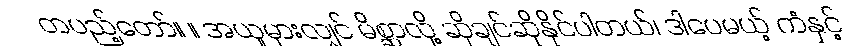
တပည့်တော်။ ။ အယူမှားလျှင် မိစ္ဆာလို့ ဆိုချင်ဆိုနိုင်ပါတယ်၊ ဒါပေမယ့် ကံနှင့်